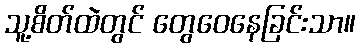
သူ့စိတ်ထဲတွင် တွေဝေနေခြင်းသာ။